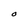
Character: O